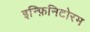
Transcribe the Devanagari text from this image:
इन्फ़िनिटोरम